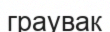
граувак